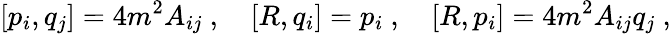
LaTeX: [p_{i},q_{j}]=4m^{2}A_{ij}\ ,\quad[R,q_{i}]=p_{i}\ ,\quad[R,p_{i}]=4m^{2}A_{ij}q_{j}\ ,